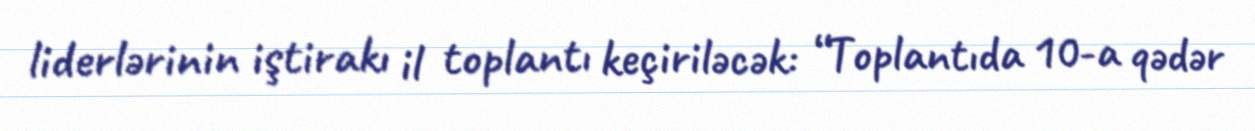
liderlərinin iştirakı il toplantı keçiriləcək: “Toplantıda 10-a qədər